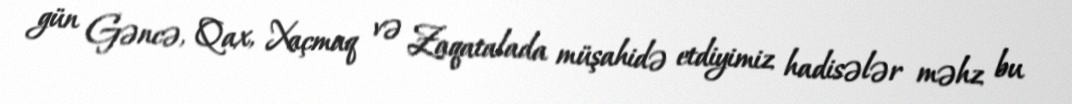
gün Gəncə, Qax, Xaçmaq və Zaqatalada müşahidə etdiyimiz hadisələr məhz bu